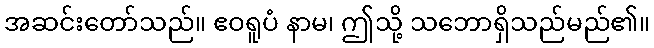
အဆင်းတော်သည်။ ဧဝရူပံ နာမ၊ ဤသို့ သဘောရှိသည်မည်၏။